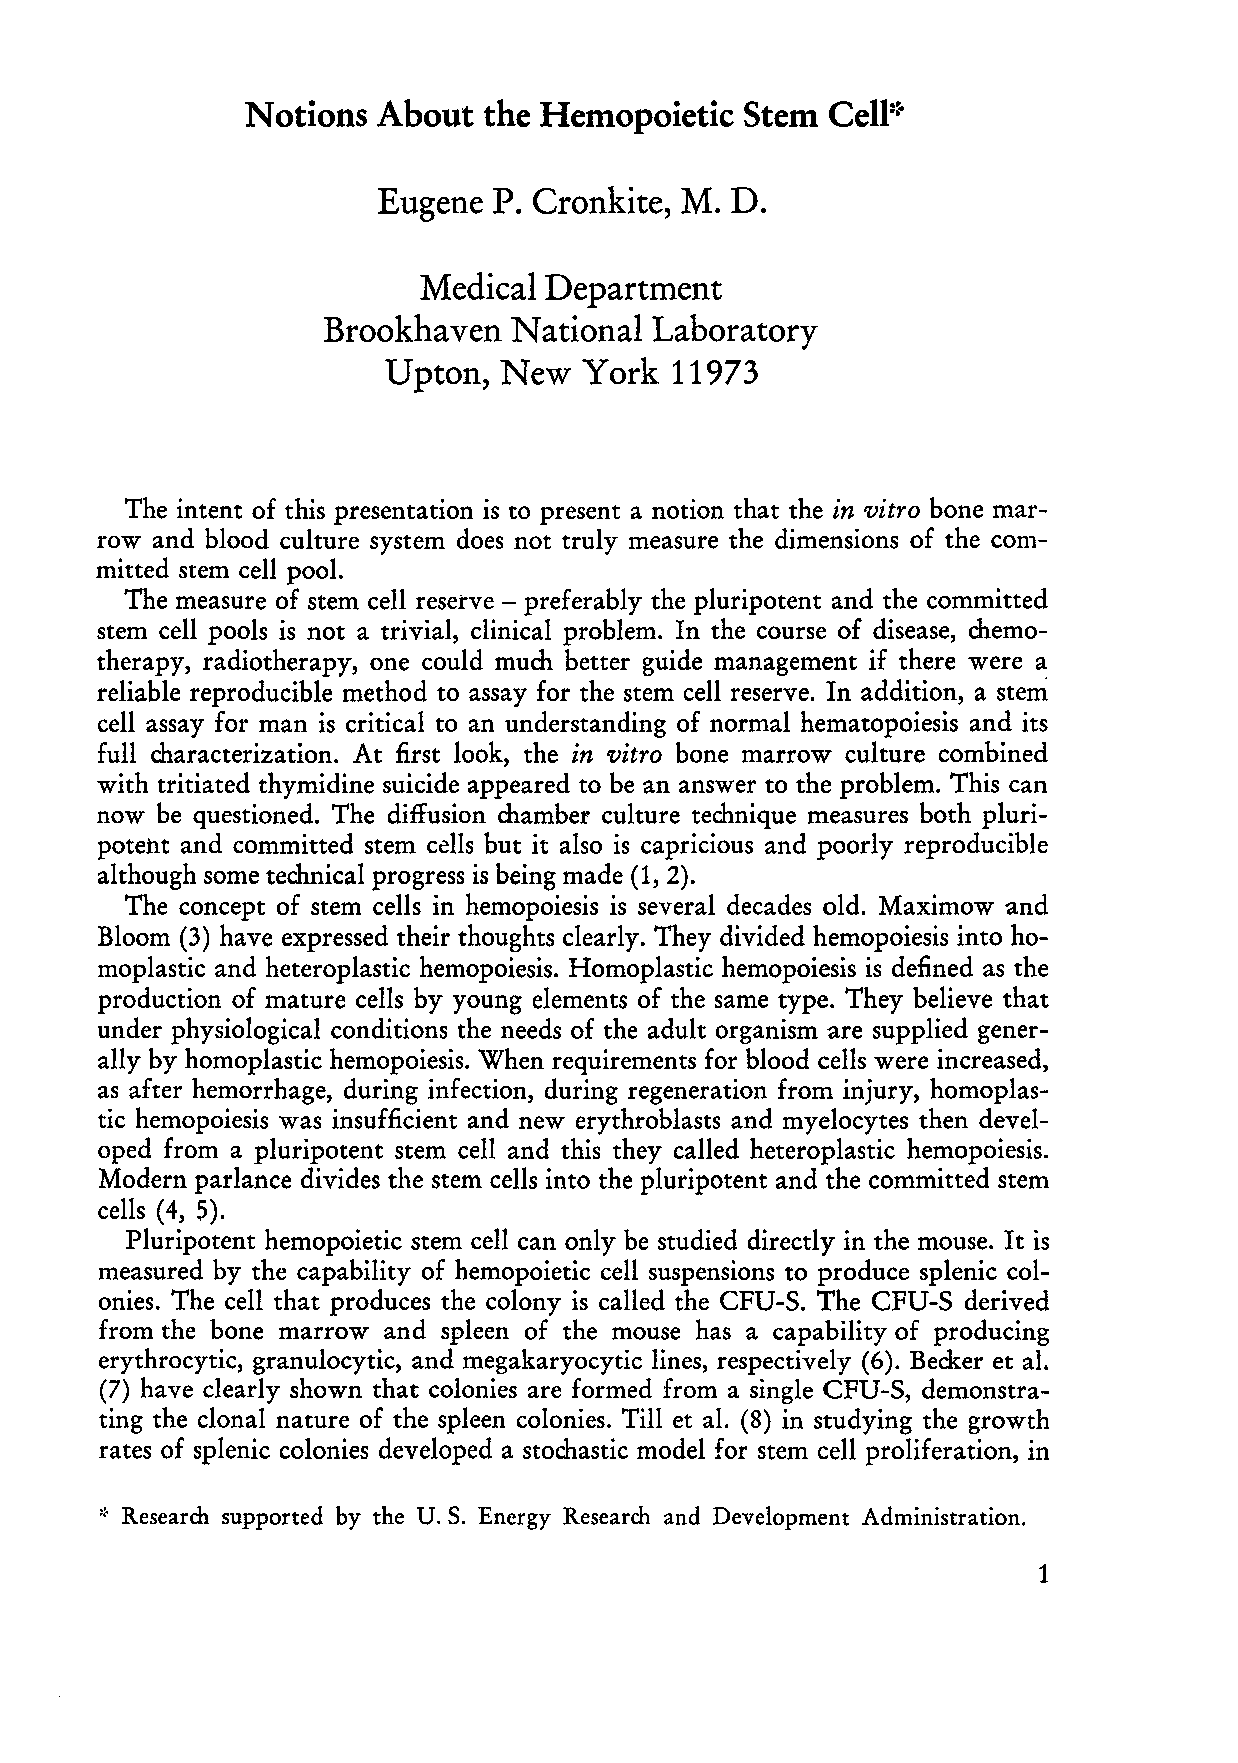
Notions  About  the Hernopoietic Stern
 Cell:~
 Eugene  P. Cronkite, M. D.
 Medical Department
 Brookhaven  National Laboratory
 Upton, New   York  11973
 The intent of this presentation is to present a noti on that the in vitro bone mar
 row and blood culture system does not truly measure the dimensions of the com
 mitted stern cell pool.
 The measure of stern cell reserve - preferably the pluripotent and the committed
 stern cell pools is not a trivial, clinical problem. In the course of disease, chemo
 therapy, radiotherapy, one could much better guide management if there were a
 reliable reproducible method to assay for the stern cell reserve. In addition, astern
 cell assay for man is critical to an understanding of normal hematopoiesis and its
 fuH characterization. At first look, the in vitro bone marrow culture combined
 with tritiated thymidine suicide appeared to be an answer to the problem. This can
 now be questioned. The diffusion chamber culture technique measures both pluri
 poteht and committed stern cells but it also is capricious and poorly reproducible
 although some technical progress is being made (1, 2).
 The concept of stern ceHs in hemopoiesis is several decades old. Maximow and
 Bloom (3) have expressed their thoughts clearly. They divided hemopoiesis into ho
 moplastic and heteroplastic hemopoiesis. Homoplastic hemopoiesis is defined as the
 production of mature ceHs by young elements of the same type. They believe that
 under physiological conditions the needs of the adult organism are supplied gen er
 ally by homoplastic hemopoiesis. When requirements for blood cells were increased,
 as after hemorrhage, during infection, during regeneration from injury, homoplas
 tic hemopoiesis was insufficient and new erythroblasts and myelocytes then devel
 oped from a pluripotent stern cell and this they caHed heteroplastic hemopoiesis.
 Modern parlance divides the stern cells into the pluripotent and the committed stern
 cells (4, 5).
 Pluripotent hemopoietic stern ceH can only be studied directly in the mouse. It is
 measured by the capability of hemopoietic cell suspensions to produce splenie col
 onies. The ceH that produces the colony is called the CFU-S. The CFU-S derived
 from the bone marrow and spleen of the mouse has a capability of producing
 erythrocytic, granulocytic, and megakaryocytic lines, respectively (6). Becker et al.
 (7) have clearly shown that colonies are formed from a single CFU-S, demonstra
 ting the clonal nature of the spleen colonies. Till et al. (8) in studying the growth
 rates of splenic colonies developed a stochastic model for stern ceH proliferation, in
 ::. Research supported by the U. S. Energy Research and Development Administration.
 1